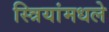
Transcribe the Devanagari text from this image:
स्त्रियांमधले